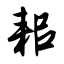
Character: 耜